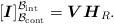
LaTeX: \begin{align*}[\boldsymbol{I}] _{\mathcal{B}_{\rm cont}}^{\mathcal{B}_{\rm int}} =\boldsymbol{V}\boldsymbol{H}_R .\end{align*}